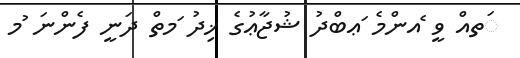
ަތއް ވީ ެއންމެ ަޢބްދު ޝުޖާޢުގެ ޚިދު ަމތް ދަނީ ފެންނަ ުމ